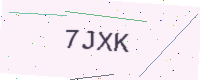
Text: 7JXK